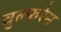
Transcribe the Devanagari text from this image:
वुल्फरेस